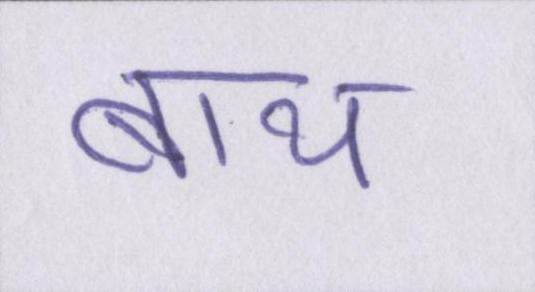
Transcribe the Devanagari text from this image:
बाथ